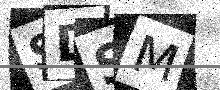
Text: SDSM